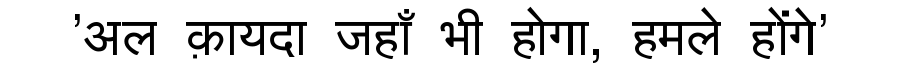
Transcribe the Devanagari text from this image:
'अल क़ायदा जहाँ भी होगा, हमले होंगे'